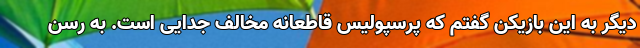
دیگر به این بازیکن گفتم که پرسپولیس قاطعانه مخالف جدایی است. به رسن